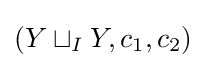
(Y\sqcup _{I}Y,c_{1},c_{2})